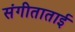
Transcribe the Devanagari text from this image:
संगीताताई